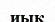
иық